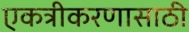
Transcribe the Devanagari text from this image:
एकत्रीकरणासाठी